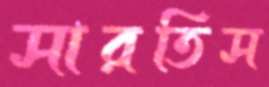
সারতিস